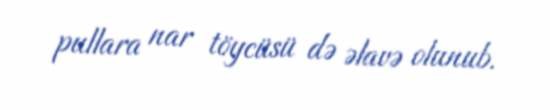
pullara nar töycüsü də əlavə olunub.